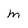
Character: m